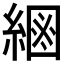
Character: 𦂮